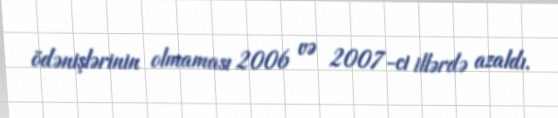
ödənişlərinin olmaması 2006 və 2007-ci illərdə azaldı.